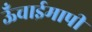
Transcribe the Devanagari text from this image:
ऊँचाईमापी